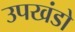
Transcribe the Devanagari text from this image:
उपखंडो